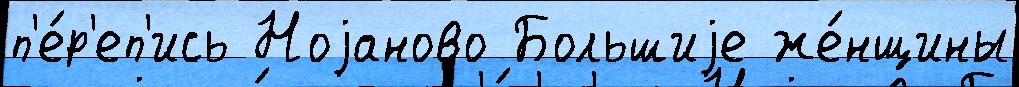
п'е́р'еп'ись Ноjаново Большиjе же́нщины